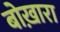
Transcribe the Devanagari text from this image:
बोख़ारा